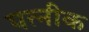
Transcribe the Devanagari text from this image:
पत्नीक